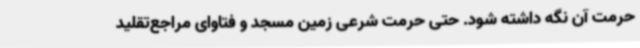
حرمت آن نگه داشته شود. حتی حرمت شرعی زمین مسجد و فتاوای مراجع‌تقلید